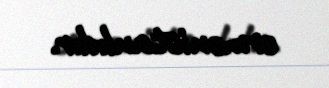
ermənistanlıdır.